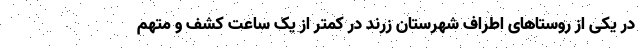
در یکی از روستاهای اطراف شهرستان زرند در کمتر از یک ساعت کشف و متهم